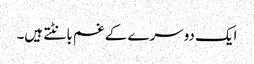
ایک دوسرے کے غم بانٹتے ہیں۔